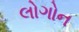
લોગોન